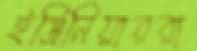
ইঞ্জিনিয়াররা